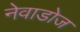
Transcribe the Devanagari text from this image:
नेवाडोज